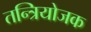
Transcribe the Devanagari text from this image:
तन्त्रियोजक